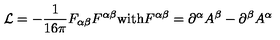
{ \cal L } = - { \frac { 1 } { 1 6 \pi } } F _ { \alpha \beta } F ^ { \alpha \beta } \mathrm { w i t h } F ^ { \alpha \beta } = \partial ^ { \alpha } A ^ { \beta } - \partial ^ { \beta } A ^ { \alpha }